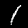
Label: 1